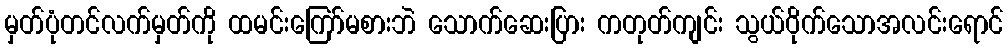
မှတ်ပုံတင်လက်မှတ်ကို ထမင်းကြော်မစားဘဲ သောက်ဆေးပြား ကတုတ်ကျင်း သွယ်ဝိုက်သောအလင်းရောင်